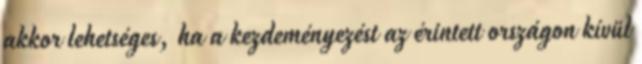
akkor lehetséges, ha a kezdeményezést az érintett országon kívül